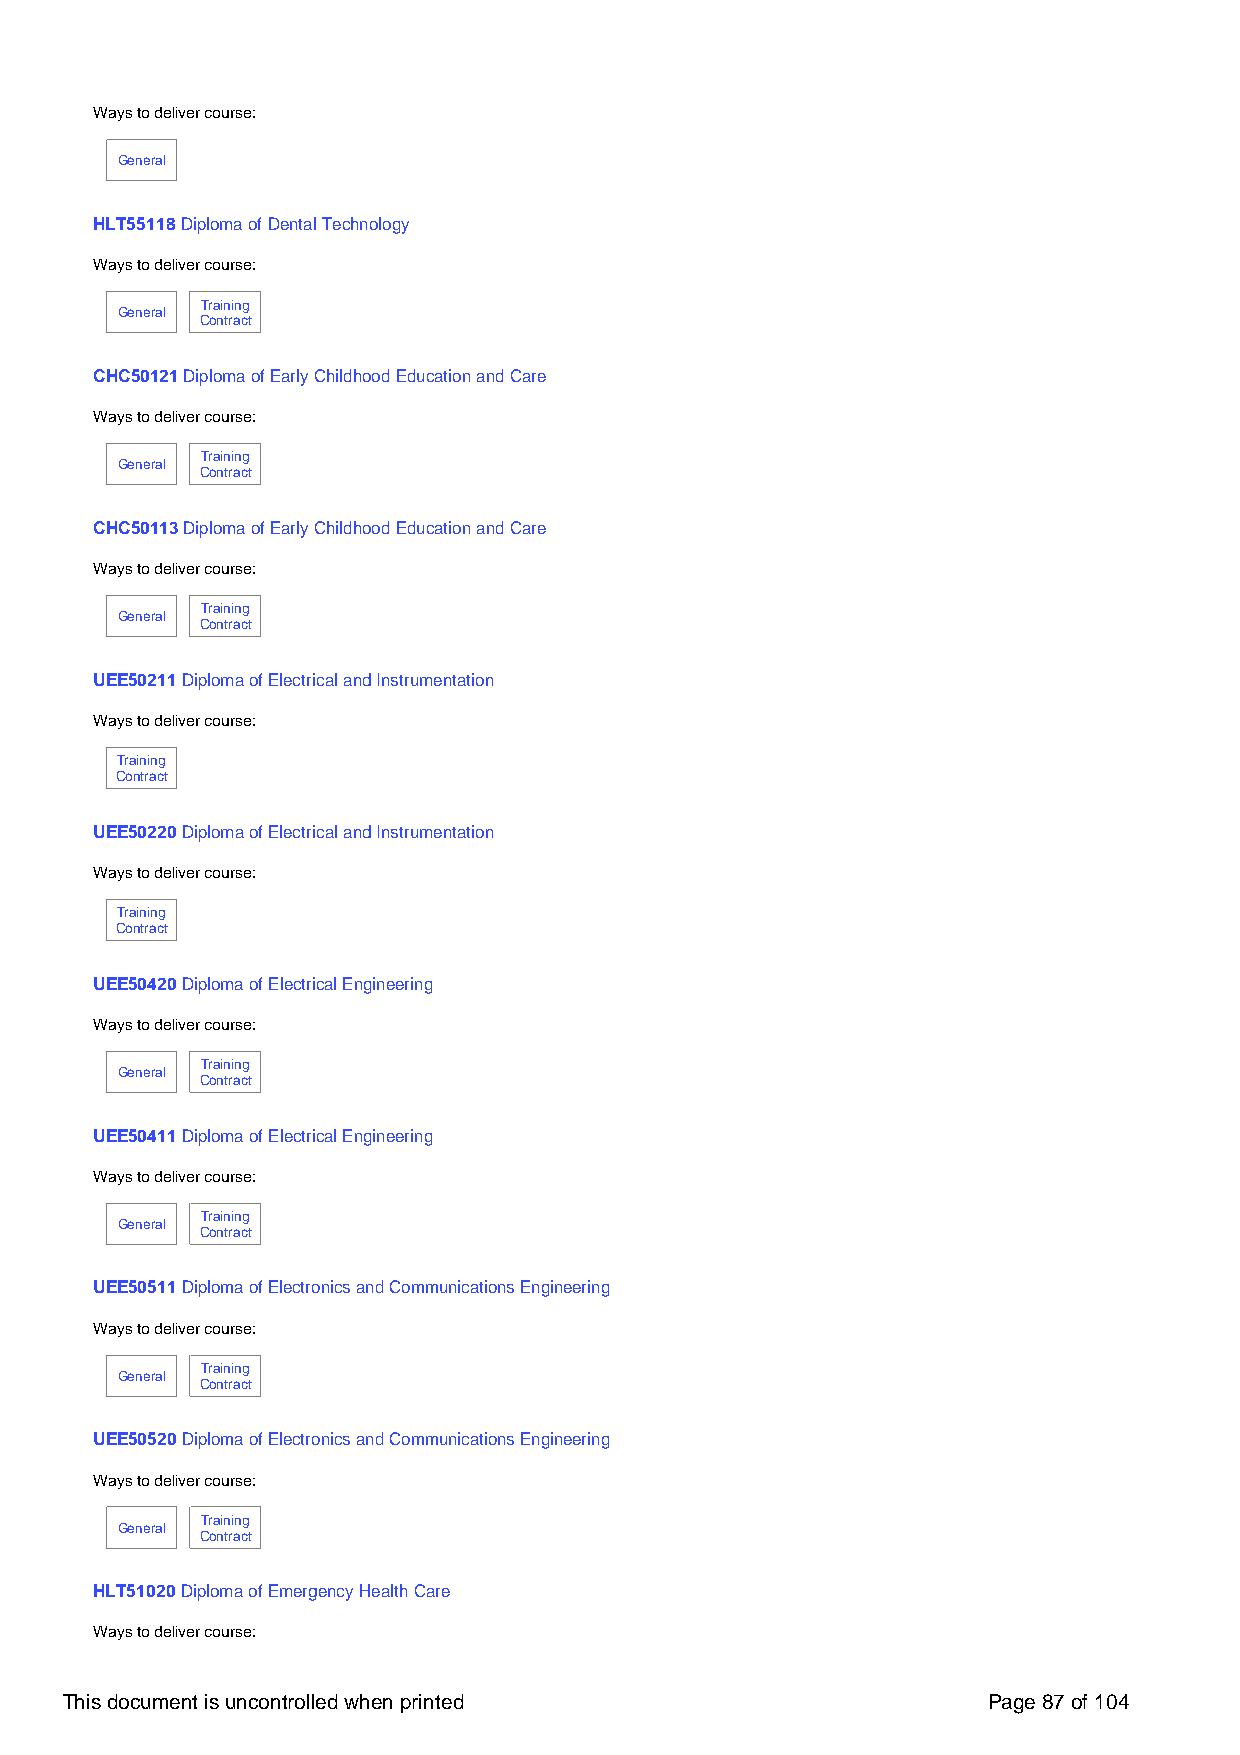
Ways to deliver course:
 General
 HLT55118 Diploma of Dental Technology
 Ways to deliver course:
 Training
 General
 Contract
 CHC50121 Diploma of Early Childhood Education and Care
 Ways to deliver course:
 Training
 General
 Contract
 CHC50113 Diploma of Early Childhood Education and Care
 Ways to deliver course:
 Training
 General
 Contract
 UEE50211 Diploma of Electrical and Instrumentation
 Ways to deliver course:
 Training
 Contract
 UEE50220 Diploma of Electrical and Instrumentation
 Ways to deliver course:
 Training
 Contract
 UEE50420 Diploma of Electrical Engineering
 Ways to deliver course:
 Training
 General
 Contract
 UEE50411 Diploma of Electrical Engineering
 Ways to deliver course:
 Training
 General
 Contract
 UEE50511 Diploma of Electronics and Communications Engineering
 Ways to deliver course:
 Training
 General
 Contract
 UEE50520 Diploma of Electronics and Communications Engineering
 Ways to deliver course:
 Training
 General
 Contract
 HLT51020 Diploma of Emergency Health Care
 Ways to deliver course:
 This document is uncontrolled when printed                   Page 87 of 104